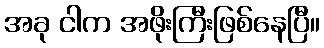
အခု ငါက အဖိုးကြီးဖြစ်နေပြီ။